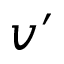
v ^ { \prime }